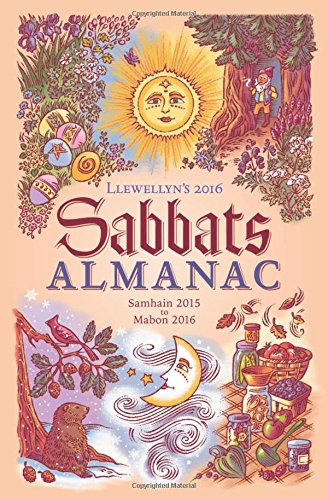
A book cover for Llewellyn's 2016 Sabbats Almanac: Samhain 2015 to Mabon 2016; Magenta Griffith; Religion & Spirituality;